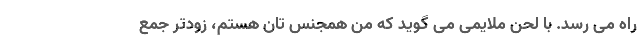
راه می رسد. با لحن ملایمی می گوید که من همجنس تان هستم، زودتر جمع